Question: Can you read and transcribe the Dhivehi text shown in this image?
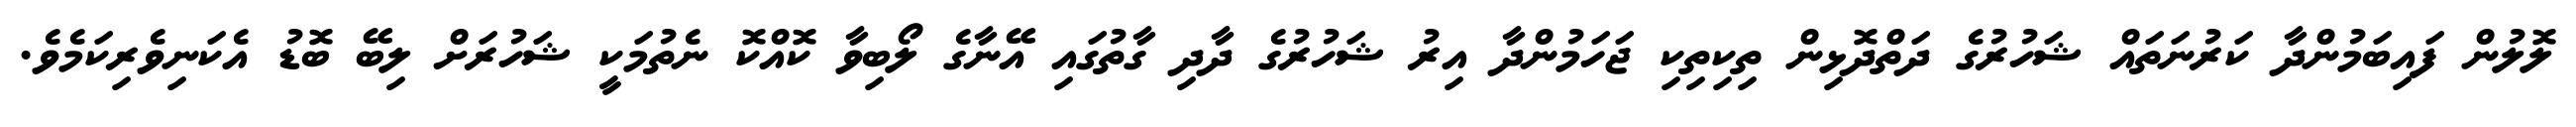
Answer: ލޮލުން ފައިބަމުންދާ ކަރުނަތައް ޝަހުރުގެ ދަތްދޮޅިން ތިކިތިކި ޖަހަމުންދާ އިރު ޝަހުރުގެ ދާދި ގާތުގައި އޭނާގެ ލޯބިވާ ކޮއްކޮ ނެތުމަކީ ޝަހުރަށް ލިބޭ ބޮޑު އެކަނިވެރިކަމެވެ.